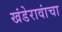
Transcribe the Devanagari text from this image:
खंडेरावांचा